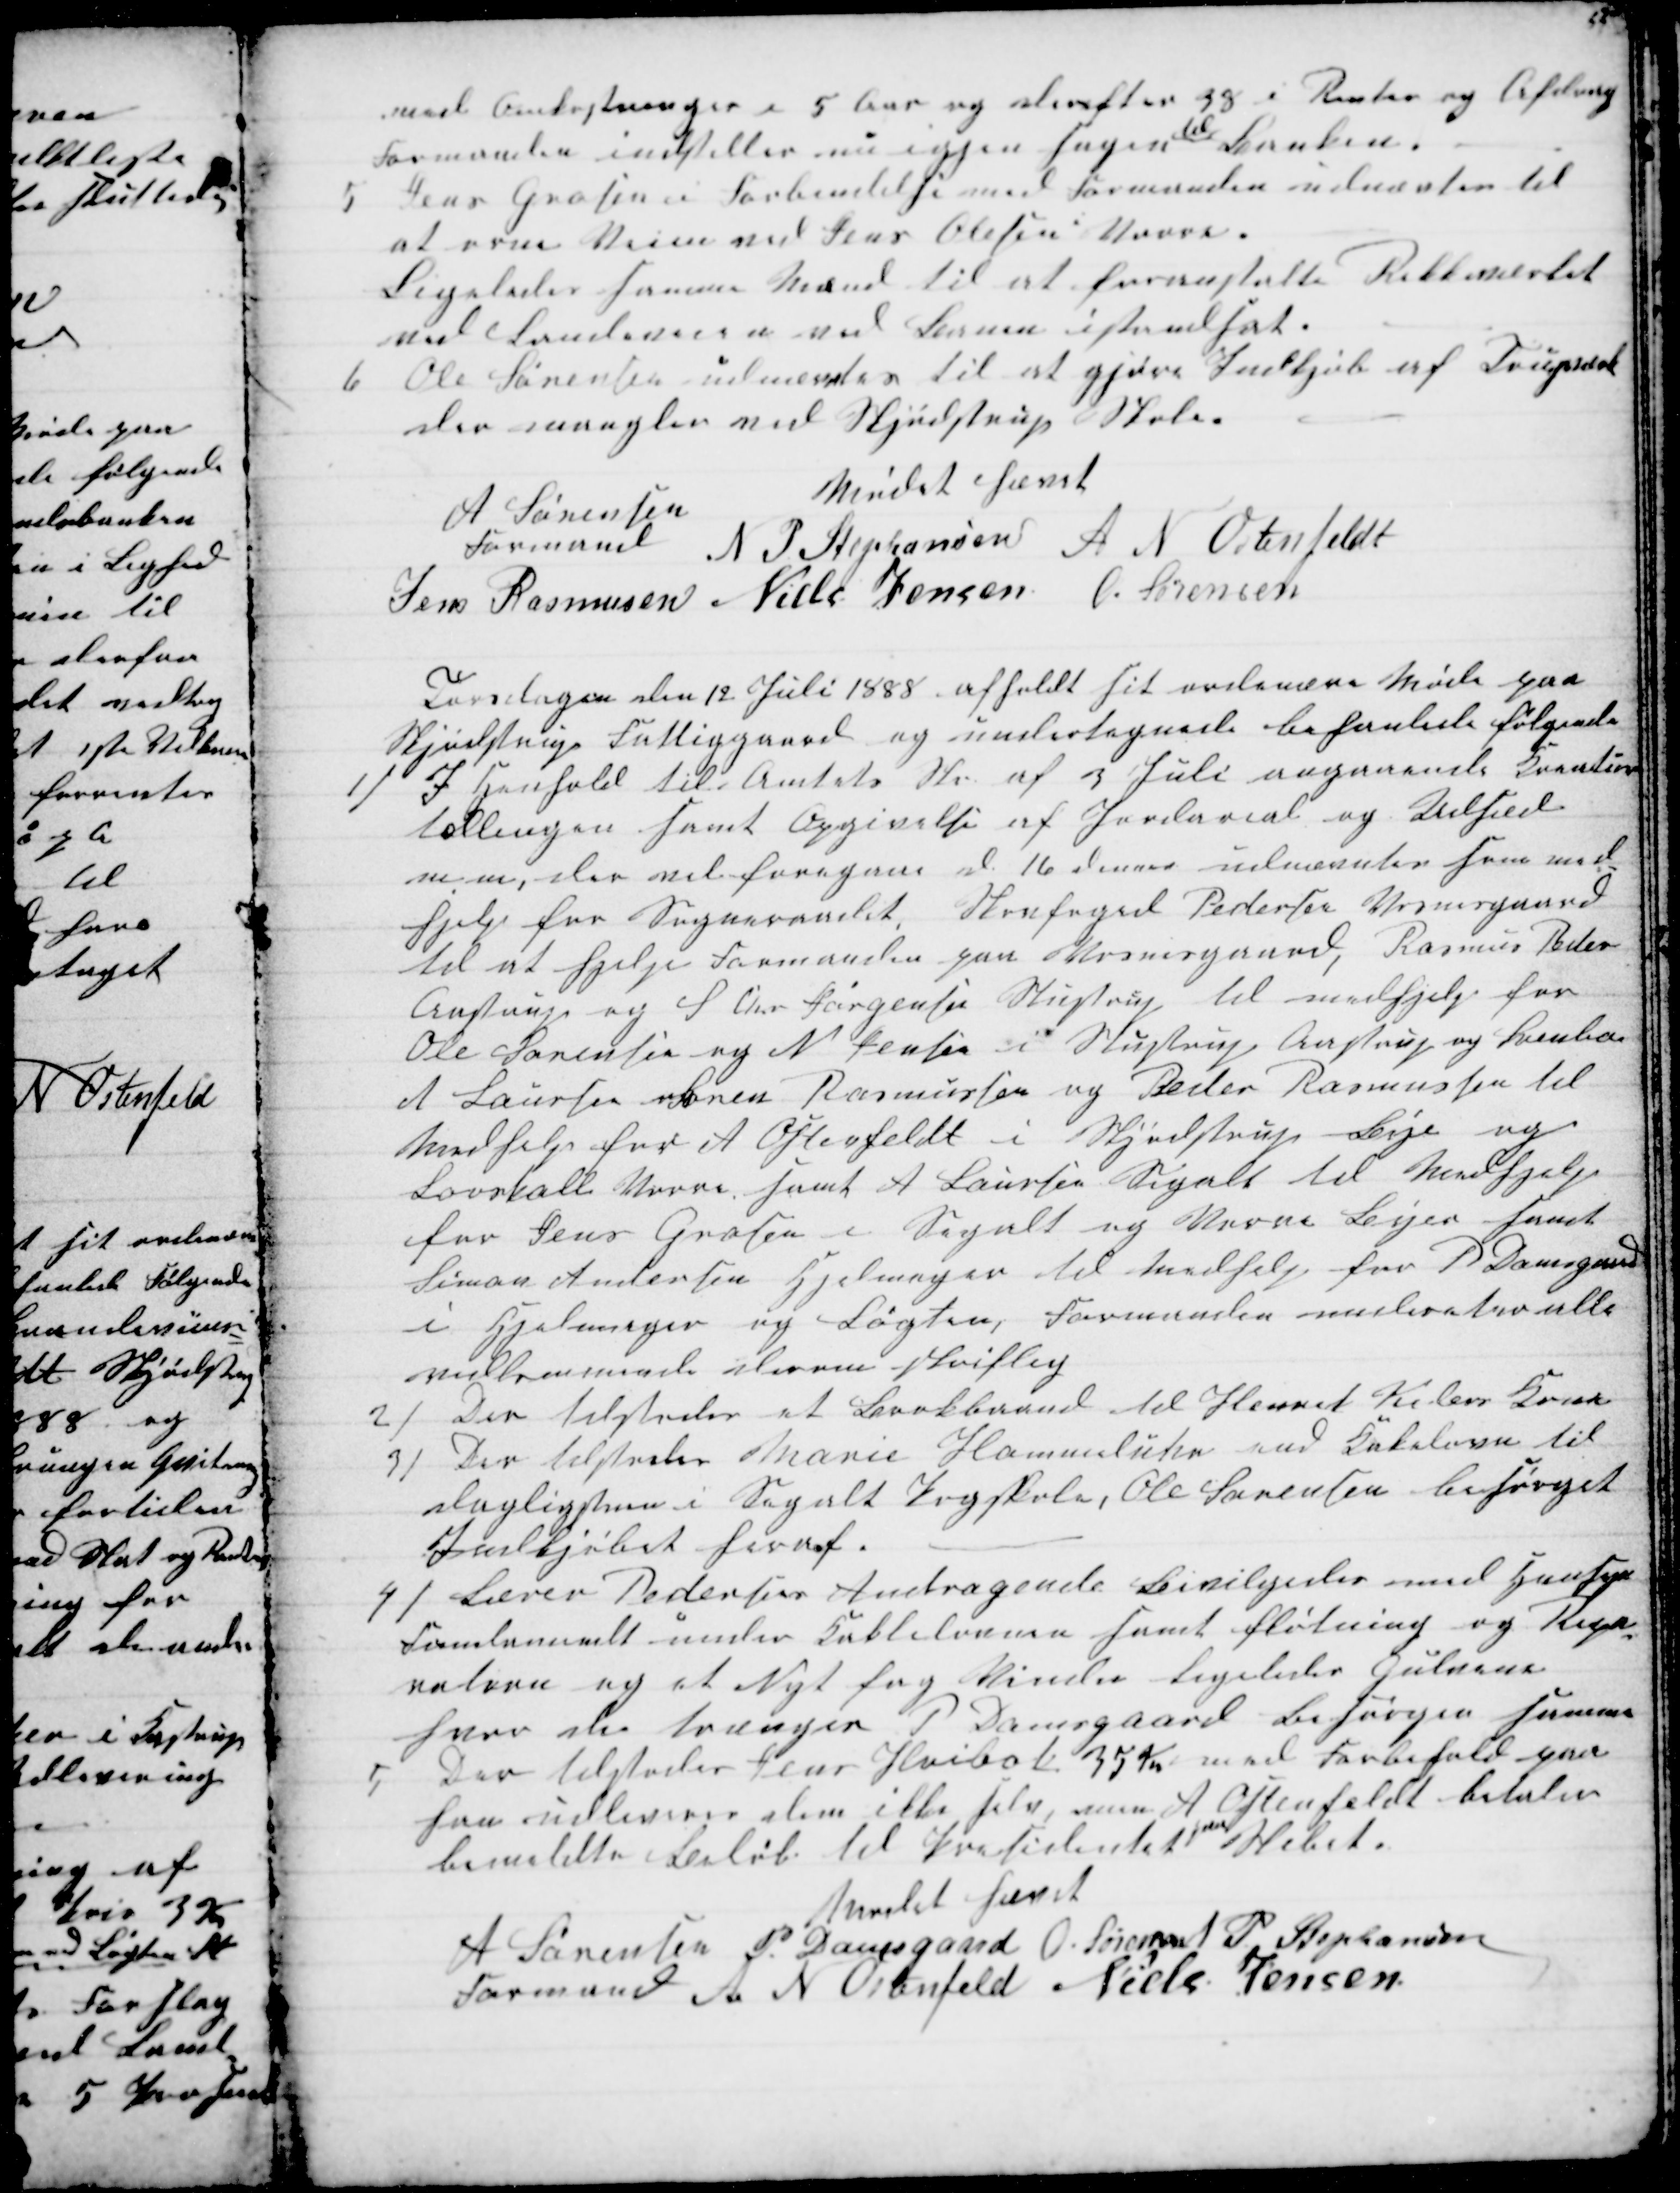
Transskription:
med Omkostninger i 5 Aar og derefter 3% i Renter og Afdrag
Formanden indstiller nu igjen sagen 
til
Banken.
5 Jens Grosen i Forbindelse med Formanden udnævtes til
at orne Veien med Jens Olesen Vorre.
Ligeledes samme Mænd til at foranstalte Rekkeværket
ved Landeveien ved Banen istandsat.
6
Ole Sørensen udnævntes til at gjøre Indkjøb af Trupsdok
der mangler ved Skjødstrup Skole.
Mødet hævet
A Sørensen
Formand 
N P Stephansen A N Ostenfeldt
Jens Rasmusen Niels Jensen O. Sørensen
Torsdagen den 12 Juli 1888 afholdt sit ordinære Møde paa
Skjødstrup Fattiggaard og undertegnede behanlede følgende
1)
I Henhold til Amtets Skr af 3 Juli angaaende Kreatur-
tællingen samt Opgivelse af Jordareal og Udsæd
m m, der vil foregaa d 16 dennes udnævntes som med-
hjelp for Sogneraadet, Skovfoged Pedersen Vosnesgaard
til at følge Formanden paa Vosnesgaard, Rasmus Peder
Aastrup og S Chr Jørgensen Stustrup til medhjelp for
Ole Sørensen og N Jensen i Stustrup Aastrup og Svinboe
A Laursen Søren Rasmussen og Peder Rasmussen til
Medhjelp for A Ostenfeldt i Skjødstrup Bye og
Løvskall Vorre, samt A Laursen Segalt til Medhjelp
for Jens Grosen i Segalt og Vorre Byer samt
Simon Andersen Hjelmager til Medhjelp for P Damsgaard
i Hjelmager og Løgten, Formanden undereter alle
vedkommende derom skriflig
2)
Der tilstodes et Brokbaand til Henrik Kilers Kone
3) Der tilstodes Marie Hommeluhr end Kakelovn til
dagligstuen i Segalt Pogskole, Ole Sørensen besørget
Indkjøbet heraf
4) Lærer Pedersens Andragende bevilgedes med Hensyn
Fondamendt under Kakkelovnen samt fløtning og Repa-
ration og et Nyt fag Vindu ligeledes Gulvene
hvor de trænger P Damsgaard Besørger samme
5
Der tilstodes Jens Hvibak 35 Kr med Forbehold paa
han udleveres dem ikke selv, men A Ostenfeldt betaler
bemeldte Beløb til Presidentet 
paa
Skibet.
Mødet hævet
A Sørensen
Formand 
P. Damsgaard O. Sørensen N P Stephansen
 A  N Ostenfeld Niels Jensen